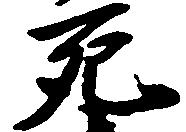
死